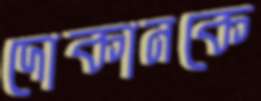
দোকানকে